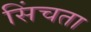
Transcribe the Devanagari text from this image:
सिंचता